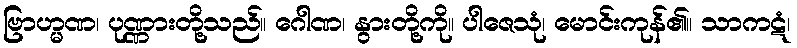
ဗြာဟ္မဏ၊ ပုဏ္ဏားတို့သည်။ ဂေါဏ၊ နွားတို့ကို။ ပါဇေသုံ၊ မောင်းကုန်၏။ သာကဋံ၊